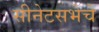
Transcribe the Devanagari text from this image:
सीनेटसभेचे